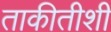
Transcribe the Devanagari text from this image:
ताकीतीशी